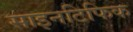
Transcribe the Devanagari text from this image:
साइनटिफिक